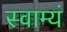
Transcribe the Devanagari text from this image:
स्वाम्यं